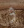
و